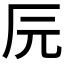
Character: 𰆖